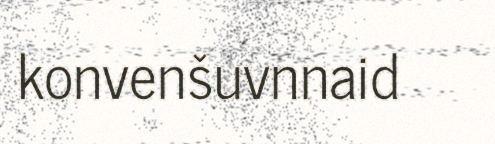
konvenšuvnnaid